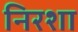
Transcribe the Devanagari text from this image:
निरशा